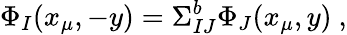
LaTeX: \Phi_{I}(x_{\mu},-y)=\Sigma_{IJ}^{b}\Phi_{J}(x_{\mu},y)~,